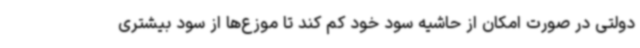
دولتی در صورت امکان از حاشیه سود خود کم کند تا موزع‌ها از سود بیشتری